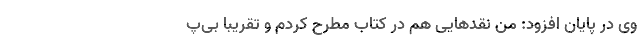
وی در پایان افزود: من نقدهایی هم در کتاب مطرح کردم و تقریباً بی‌پ